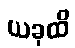
ယခုထိ